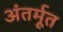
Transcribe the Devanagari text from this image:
अंतर्मूत